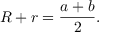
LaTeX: R + r = { \frac { a + b } { 2 } } .